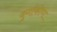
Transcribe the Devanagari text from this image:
दुर्गाकोणा